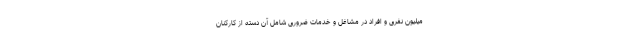
میلیون نفری و افراد در مشاغل و خدمات ضروری شامل آن دسته از کارکنان